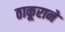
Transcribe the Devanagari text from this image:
ठाकूराने